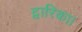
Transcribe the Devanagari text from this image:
द्वारिका।